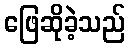
ဖြေဆိုခဲ့သည်